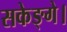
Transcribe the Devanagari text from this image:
सकेङ्गे।